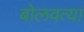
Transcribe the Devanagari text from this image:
बोलवत्या